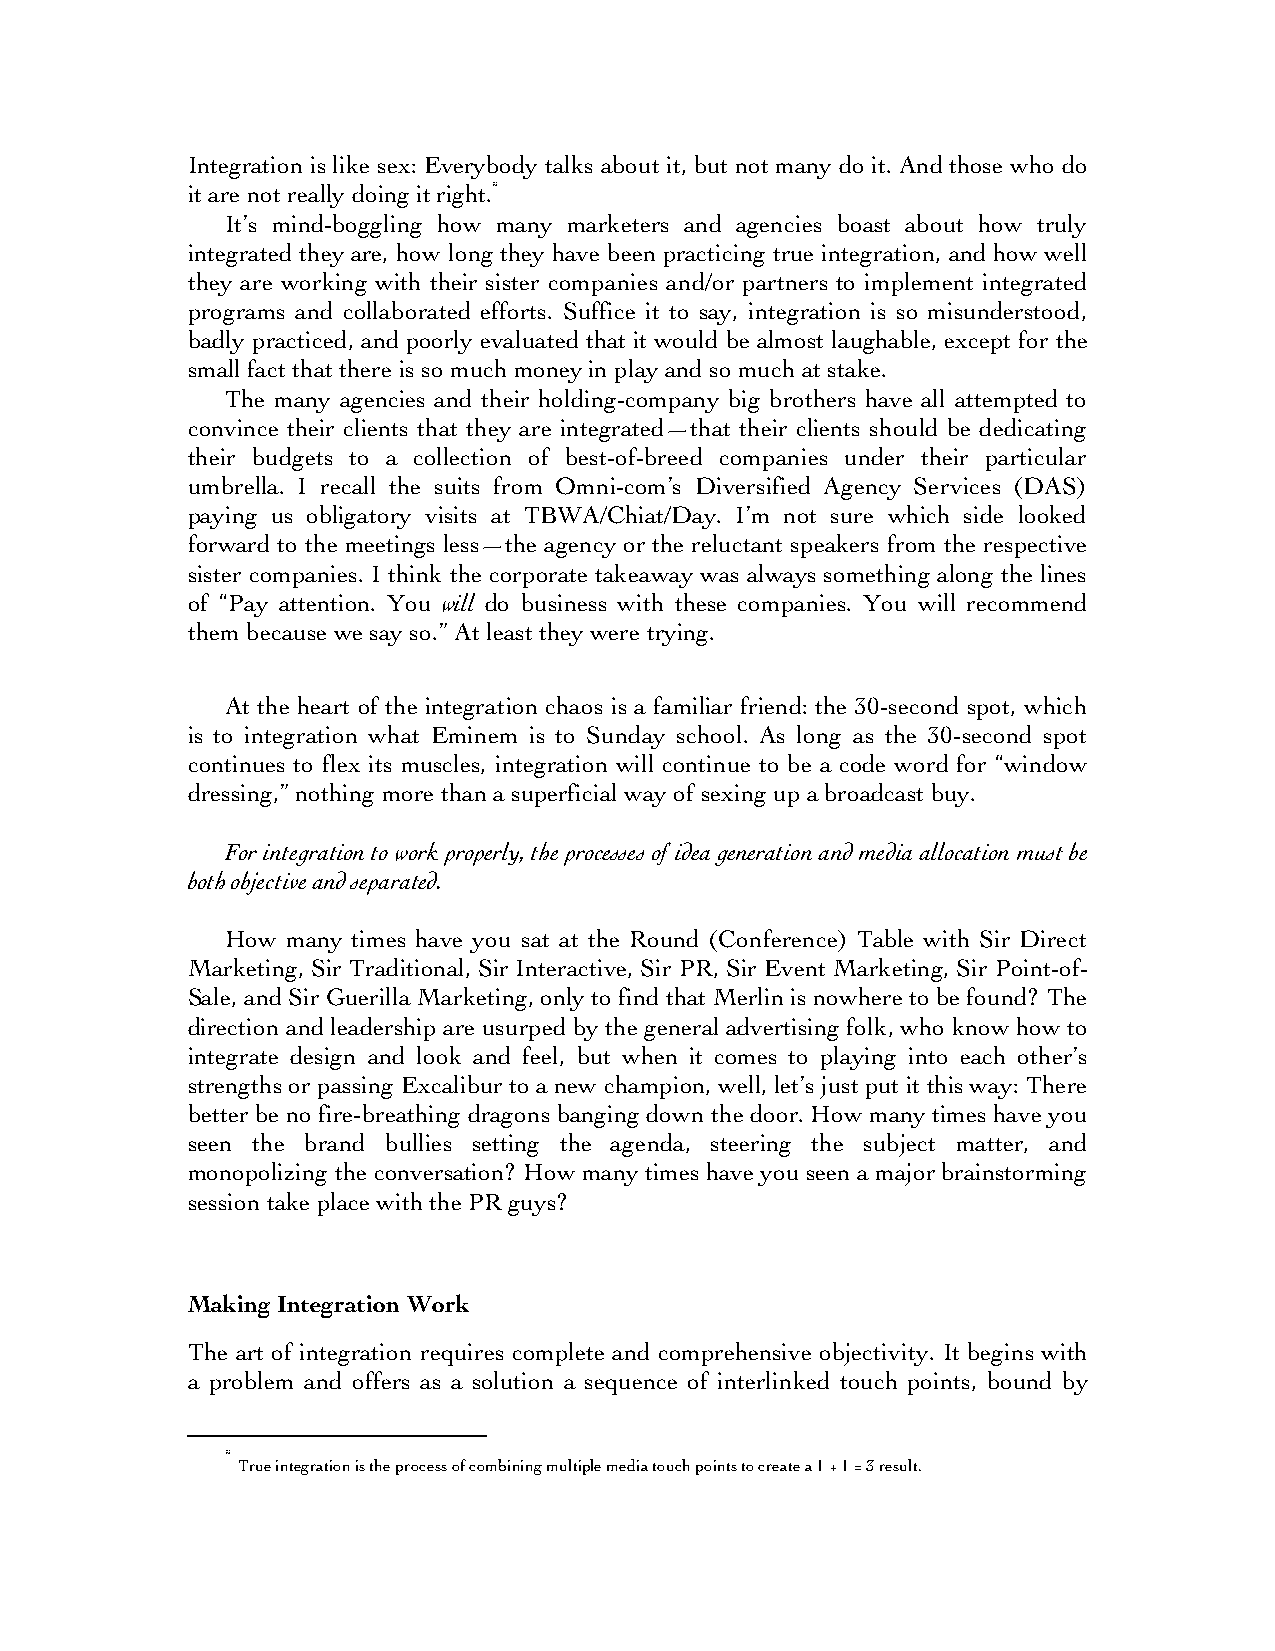
Integration is like sex: Everybody talks about it, but not many do it. And those who do
 it are not really doing it right.*
 It’s mind-boggling how many marketers and agencies boast about how truly
 integrated they are, how long they have been practicing true integration, and how well
 they are working with their sister companies and/or partners to implement integrated
 programs and collaborated efforts. Suffice it to say, integration is so misunderstood,
 badly practiced, and poorly evaluated that it would be almost laughable, except for the
 small fact that there is so much money in play and so much at stake.
 The many agencies and their holding-company big brothers have all attempted to
 convince their clients that they are integrated—that their clients should be dedicating
 their budgets to a collection of best-of-breed companies under their particular
 umbrella. I recall the suits from Omni-com’s Diversified Agency Services (DAS)
 paying us obligatory visits at TBWA/Chiat/Day. I’m not sure which side looked
 forward to the meetings less—the agency or the reluctant speakers from the respective
 sister companies. I think the corporate takeaway was always something along the lines
 of “Pay attention. You will do business with these companies. You will recommend
 them because we say so.” At least they were trying.
 At the heart of the integration chaos is a familiar friend: the 30-second spot, which
 is to integration what Eminem is to Sunday school. As long as the 30-second spot
 continues to flex its muscles, integration will continue to be a code word for “window
 dressing,” nothing more than a superficial way of sexing up a broadcast buy.
 For integration to work properly, the processes of idea generation and media allocation must be
 both objective and separated.
 How many times have you sat at the Round (Conference) Table with Sir Direct
 Marketing, Sir Traditional, Sir Interactive, Sir PR, Sir Event Marketing, Sir Point-of-
 Sale, and Sir Guerilla Marketing, only to find that Merlin is nowhere to be found? The
 direction and leadership are usurped by the general advertising folk, who know how to
 integrate design and look and feel, but when it comes to playing into each other’s
 strengths or passing Excalibur to a new champion, well, let’s just put it this way: There
 better be no fire-breathing dragons banging down the door. How many times have you
 seen the brand bullies setting the agenda, steering the subject matter, and
 monopolizing the conversation? How many times have you seen a major brainstorming
 session take place with the PR guys?
 Making Integration Work
 The art of integration requires complete and comprehensive objectivity. It begins with
 a problem and offers as a solution a sequence of interlinked touch points, bound by
 *
 True integration is the process of combining multiple media touch points to create a 1 + 1 = 3 result.